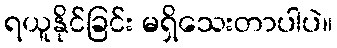
ရယူနိုင်ခြင်း မရှိသေးတာပါပဲ။